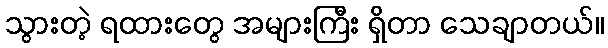
သွားတဲ့ ရထားတွေ အများကြီး ရှိတာ သေချာတယ်။